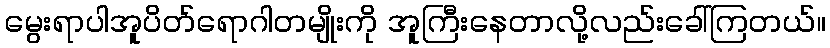
မွေးရာပါအူပိတ်ရောဂါတမျိုးကို အူကြီးနေတာလို့လည်းခေါ်ကြတယ်။